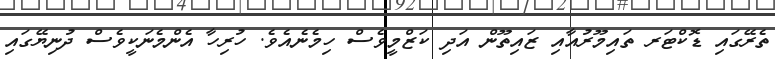
ތެރޭގައި ޑޮކްޓަރ ތައިމޫރުއާއި ޒައިތޫން އަދި ކަޒްމީވެސް ހިމެނެއެވެ. ހުރިހާ އެންމެނަކީވެސް ދުނިޔޭގައި